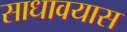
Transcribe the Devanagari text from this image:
साधावयास